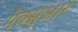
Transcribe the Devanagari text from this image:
मेक्सुआर